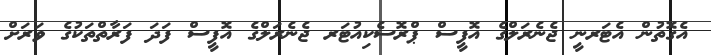
އެގޮތުން އެޓަރނީ ޖެނެރަލްގެ އޮފީސް ޕްރޮސެކިއުޓަރ ޖެނެރަލްގެ އޮފީސް ފަދަ ފަރާތްތަކުގެ ވަރަށް